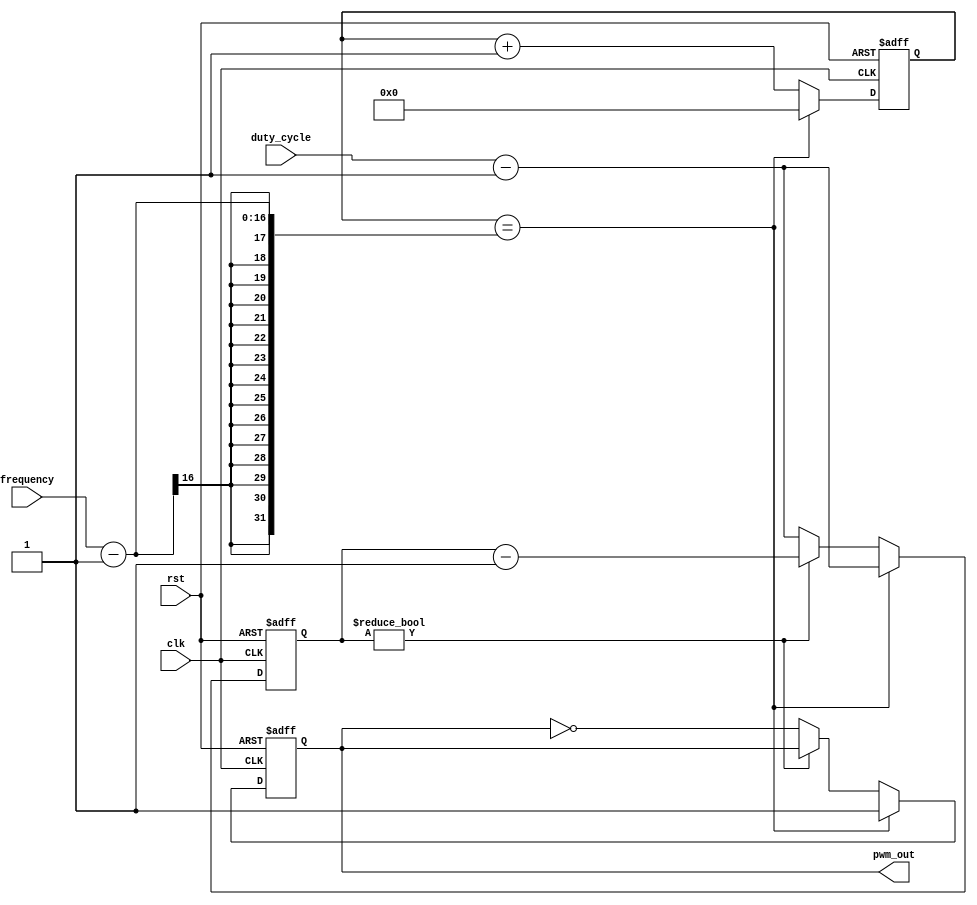
module pwm_generator (
    input wire clk,
    input wire rst,
    input wire [7:0] duty_cycle,
    input wire [15:0] frequency,
    output reg pwm_out
);

reg [15:0] count;
reg [7:0] duty_count;

always @(posedge clk or posedge rst) begin
    if (rst) begin
        count <= 16'b0;
        duty_count <= 8'b0;
        pwm_out <= 1'b0;
    end else begin
        if (count == frequency-1) begin
            count <= 16'b0;
            duty_count <= duty_cycle - 1;
            pwm_out <= 1'b1;
        end else begin
            count <= count + 1;
            if (duty_count != 0) begin
                duty_count <= duty_count - 1;
            end else begin
                duty_count <= duty_cycle - 1;
                pwm_out <= ~pwm_out;
            end
        end
    end
end

endmodule